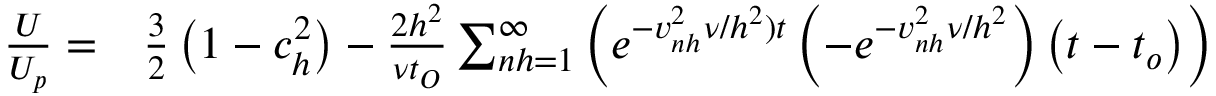
\begin{array} { r l } { \frac { U } { U _ { p } } = } & { { } \frac { 3 } { 2 } \left( 1 - c _ { h } ^ { 2 } \right) - \frac { 2 h ^ { 2 } } { \nu t _ { O } } \sum _ { n h = 1 } ^ { \infty } \left( e ^ { - v _ { n h } ^ { 2 } \nu / h ^ { 2 } ) t } \left( - e ^ { - v _ { n h } ^ { 2 } \nu / h ^ { 2 } } \right) \left( t - t _ { o } \right) \right) } \end{array}